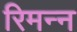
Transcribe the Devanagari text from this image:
रिमन्न